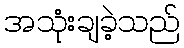
အသုံးချခဲ့သည်